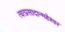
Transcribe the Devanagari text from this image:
त्वत्प्रसादान्महेश्वर